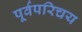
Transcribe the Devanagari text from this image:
पूर्वपरिचय